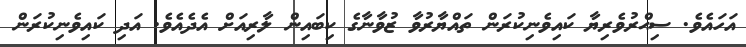
އަހައެވެ. ސިޙްރުވެރިޔާ ކައިވެނިކުރަން ތައްޔާރުވާ ޒުވާނާގެ ކިބައިން ލާރިއަށް އެދެއެވެ. އަދި ކައިވެނިކުރަން